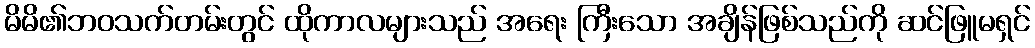
မိမိ၏ဘဝသက်တမ်းတွင် ထိုကာလများသည် အရေး ကြီးသော အချိန်ဖြစ်သည်ကို ဆင်ဖြူမရှင်